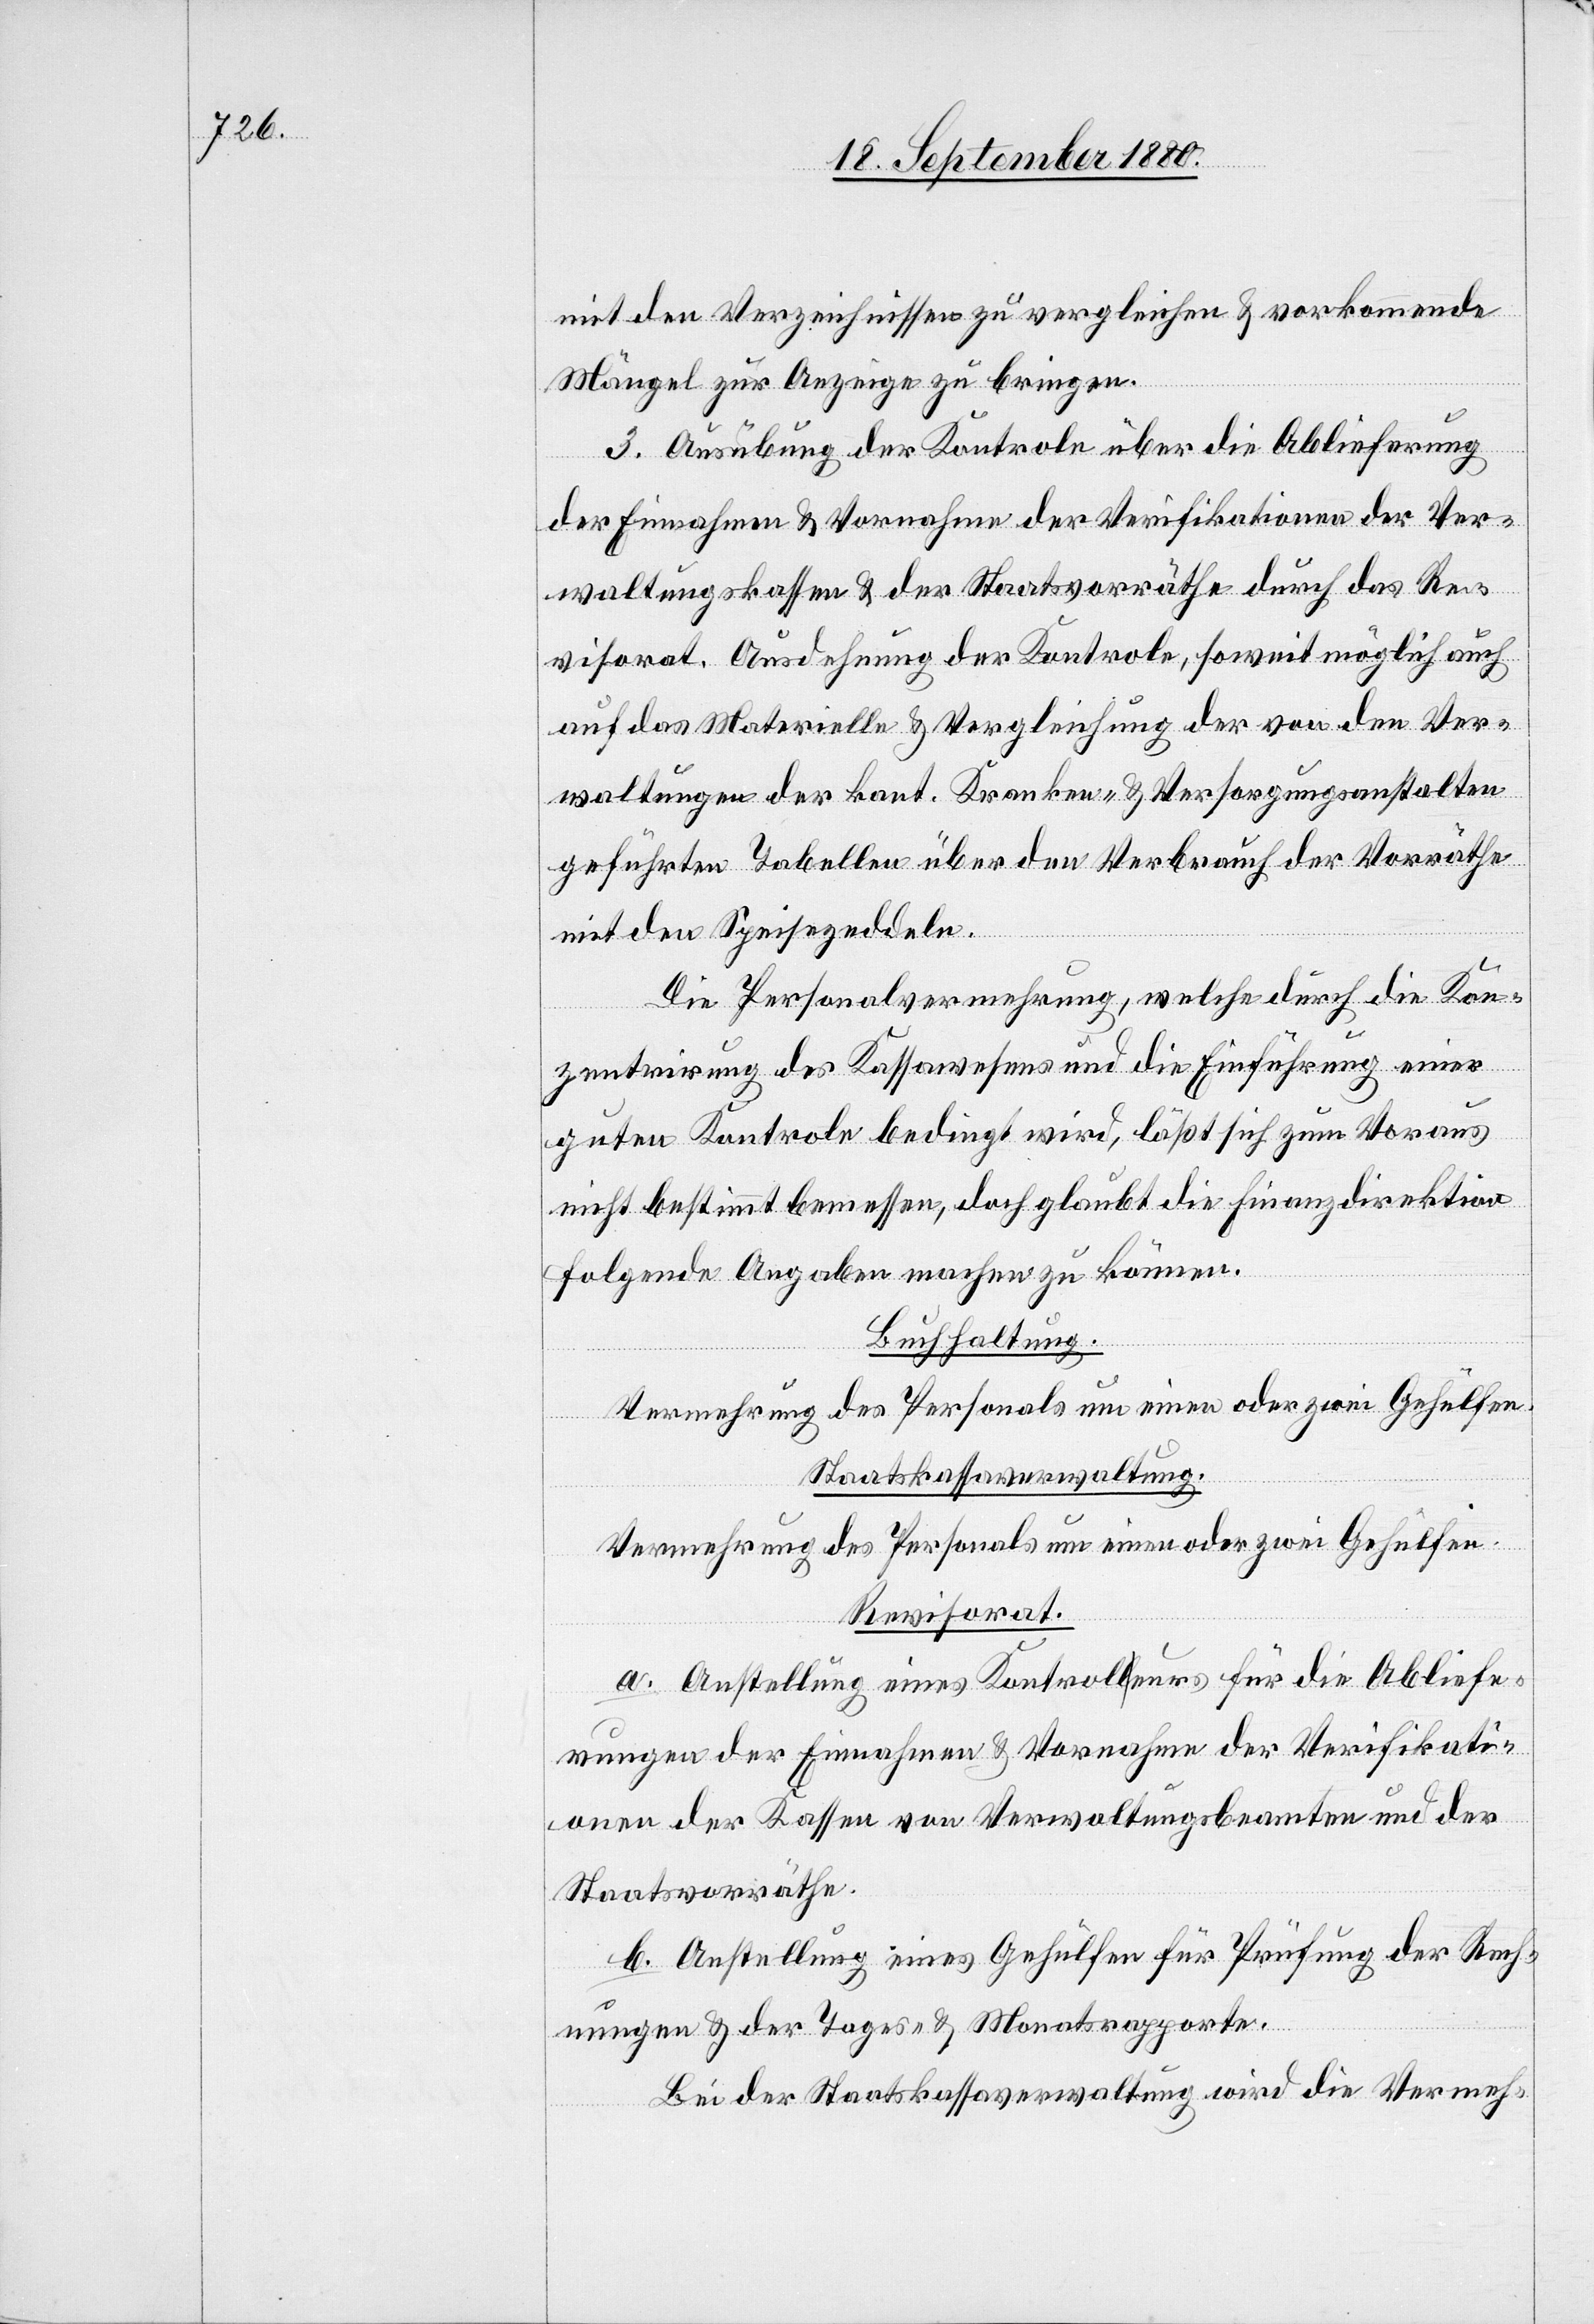
mit den Verzeichnissen zu vergleichen & vorkommende
Mängel zur Anzeige zu bringen.
3. Ausübung der Kontrole über die Ablieferung
der Einnahmen & Vornahme der Verifikationen der Ver¬
waltungskassen & der Staatsvorräthe durch das Re¬
visorat. Ausdehnung der Kontrole, soweit möglich auch
auf das Materielle & Vergleichung der von den Ver¬
waltungen der kant. Kranken- & Versorgungsanstalten
geführten Tabelle über den Verbrauch der Vorräthe
mit den Speisezeddeln.
Die Personalvermehrung, welche durch die Kon¬
zentrirung des Kassawesens und die Einführung einer
guten Kontrole bedingt wird, läßt sich zum Voraus
nicht bestimmt bemessen, doch glaubt die Finanzdirektion
folgende Angaben machen zu können.
Buchhaltung.
Staatskassaverwaltung.
Vermehrung des Personals um einen oder zwei Gehülfen.
Revisorat.
a. Anstellung eines Kontroleurs für die Abliefe¬
rungen der Einnahmen & Vornahme der Verifikati¬
onen der Kassen von Verwaltungsbeamten und der
Staatsvorräthe.
b. Anstellung eines Gehülfen für Prüfung der Rech¬
nungen & der Tages- & Monatsrapporte.
Bei der Staatskassaverwaltung wird die Vermeh-